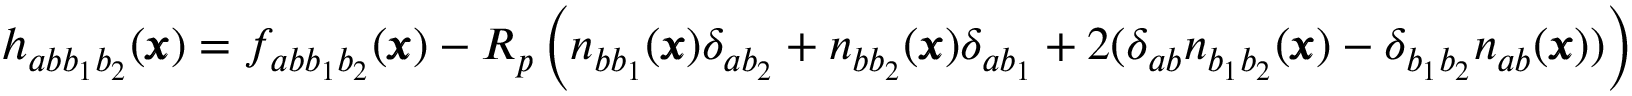
h _ { a b b _ { 1 } b _ { 2 } } ( { \pmb x } ) = f _ { a b { b } _ { 1 } b _ { 2 } } ( { \pmb x } ) - R _ { p } \left( n _ { b b _ { 1 } } ( { \pmb x } ) \delta _ { a b _ { 2 } } + n _ { b b _ { 2 } } ( { \pmb x } ) \delta _ { a b _ { 1 } } + 2 ( \delta _ { a b } n _ { b _ { 1 } b _ { 2 } } ( { \pmb x } ) - \delta _ { b _ { 1 } b _ { 2 } } n _ { a b } ( { \pmb x } ) ) \right)